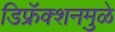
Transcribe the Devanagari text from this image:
डिफ्रॅक्शनमुळे